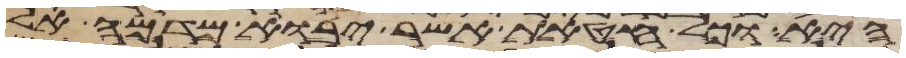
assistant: היא וכל חטאת אשר יבוא מדמה אל